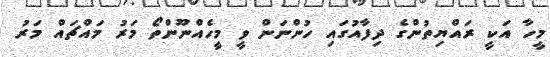
މީހާ އަކީ ރައްޔިތުންގެ ދިފާއުގައި ހުންނަން ވީ މީހެއްނޫންތޯ މަރު މައްޗައް މަރު